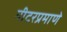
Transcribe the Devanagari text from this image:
मीटरप्रमाणे